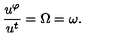
\frac { u ^ { \varphi } } { u ^ { t } } = \Omega = \omega .